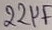
Text: Ie66